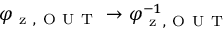
\varphi _ { \mathrm { ~ z ~ , ~ O ~ U ~ T ~ } } \rightarrow \varphi _ { \mathrm { ~ z ~ , ~ O ~ U ~ T ~ } } ^ { - 1 }